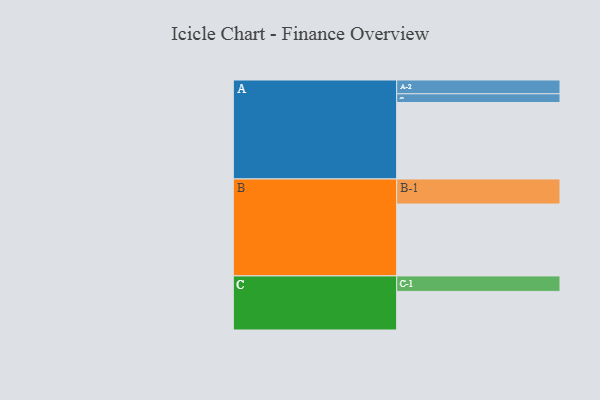
{"axis": {"x": "Segment", "y": "Value"}, "legend": ["", "A", "B", "C"], "data": [{"x": "A", "y": 598, "type": ""}, {"x": "B", "y": 562, "type": ""}, {"x": "C", "y": 302, "type": ""}, {"x": "A-1", "y": 68, "type": "A"}, {"x": "A-2", "y": 108, "type": "A"}, {"x": "B-1", "y": 196, "type": "B"}, {"x": "C-1", "y": 121, "type": "C"}]}